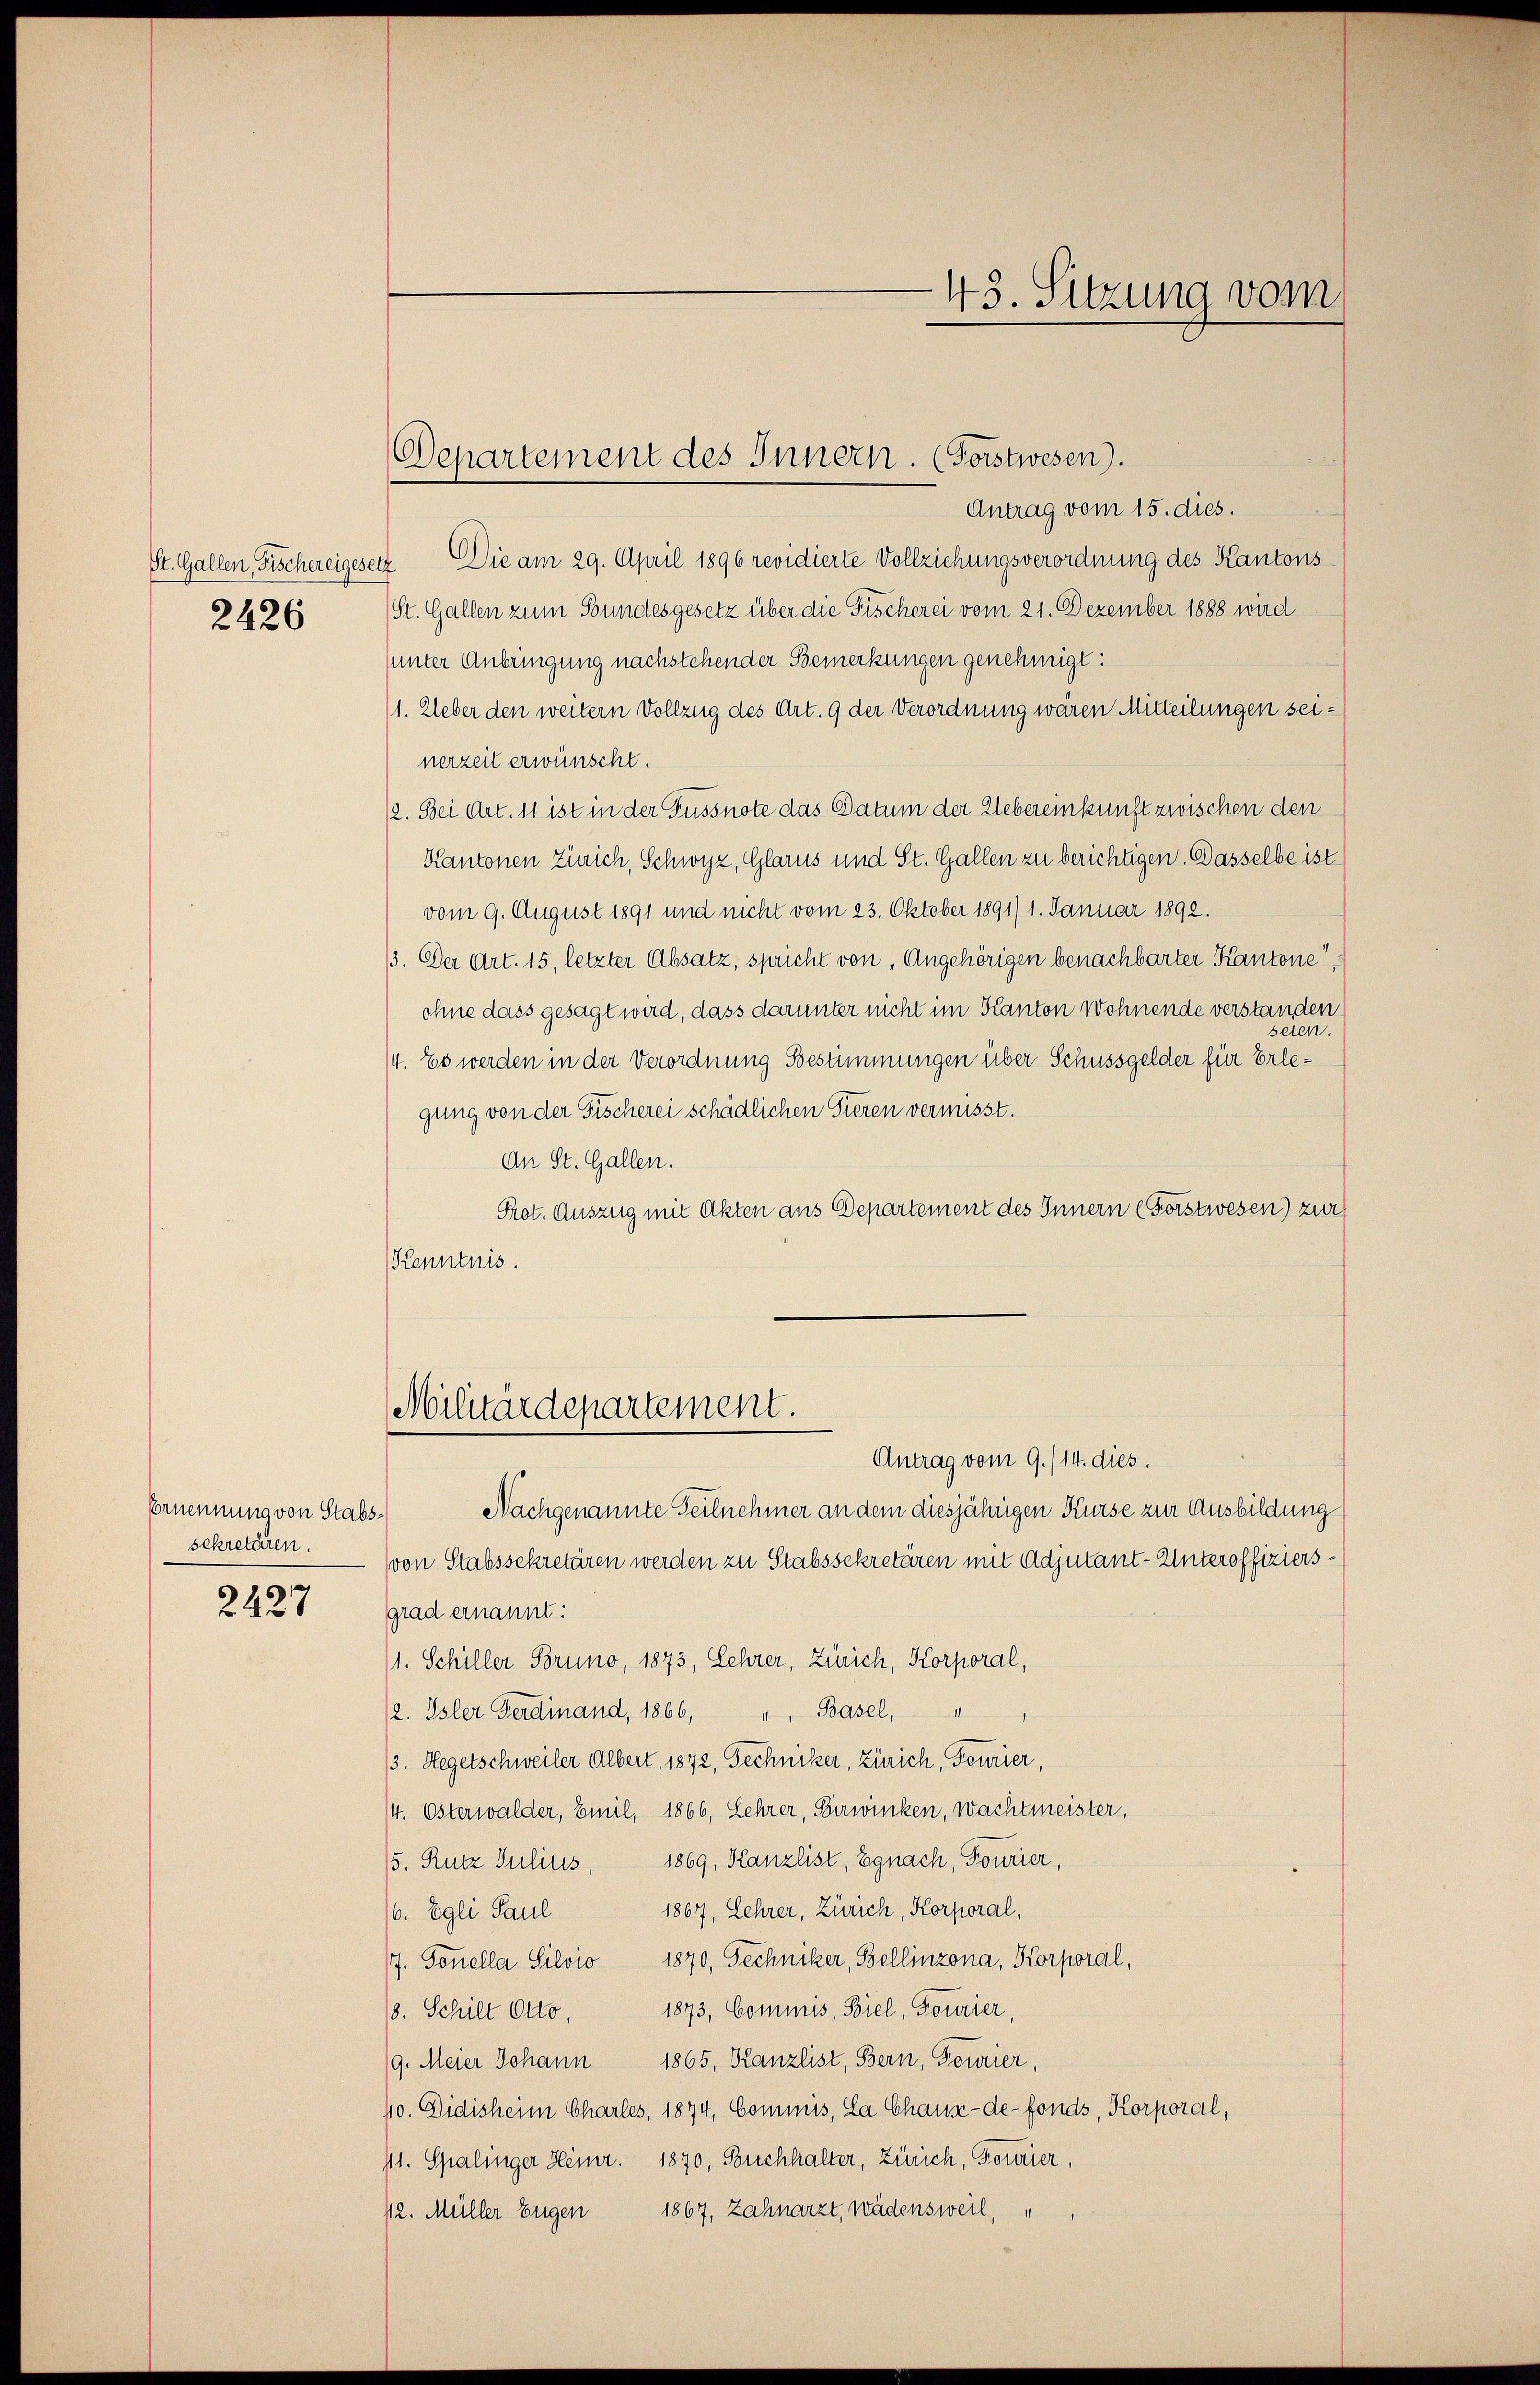
St. Gallen Fischereiges
2426

Ernennung von Stabssekretieren.
2427

Departement des Innern. (Forstwesen).

Antrag vom 15. dies.
Die am 29. April 1896 revidierte Vollziehungsverordnung des Kantons
1
St. Gallen zum Bundesgesetz über die Fischerei vom 21. Dezember 1888 wurd
unter Anbringung nachstehender Bemerkungen genehmigt:
1. Ueber den weitern Vollzug des Art. 9 der Verordnung wären Mitteilungen seinerzeit erwünscht.
/2. Bei Art. 11 ist in der Fussnote das Datum der Uebereinkunft zwischen den
Kantonen Zürich, Schwyz, Glarus und St. Gallen zu berichtigen. Dasselbe ist
vom 9. August 1891 und nicht vom 23. Oktober 1891/ 1. Januar 1892.
3. Der Art. 15, letzter Absatz, spricht von „Angehörigen benachbarter Kantone,
ohne dass gesagt wird, dass darunter nicht im Kanton Wohnende verstanden
seien.
/4. Es werden in der Verordnung Bestimmungen über Schussgelder für Erlegung von der Fischerei schädlichen Tieren vermisst.
An St. Gallen.
Prot. Auszug mit Akten aus Departement des Innern (Forstwesen) zur
Kenntnis.

Militärdepartement.

Antrag vom 9./14. dies.
Nachgenannte Teilnehmer an dem diesjährigen Kurse zur Ausbildung
(von Stabssekretären werden zu Stabssekretären mit Adjutant-Unteroffiziersgrad ernannt:
11. Schiller Bruno, 1873, Lehrer, Zürich, Korporal,
(2. Isler Ferdinand, 1866, " Basel, " "
3. Hegetschweiler Albert, 1872, Techniker, Zürich, Fourier,
/4. Osterwalder, Emil, 1866, Lehrer, Birwinken, wachtmeister,
/5. Rutz Julius, 1869, Kanzlist, Egnach, Tourier,
1867, Lehrer, Zürich, Korporal,
6. Egli Paul
/7. Tonella Silvio 1870, Techniker, Bellinzona, Korporal,
1873, Commis, Biel, Tourier,
8. Schilt Otto.
9. Meier Johann 1865, Kanzlist, Bern, Fourier,
40. Didisheim Charles, 1874, Commis, La Chaux-de-Fonds, Korporal,
11. Spalinger Heinr. 1870, Buchhalter, Zürich, Formier,
12. Müller Eugen 1867, Zahnarzt, Wädensweil,

43. Sitzung vom